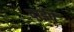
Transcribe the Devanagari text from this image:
पाईपें